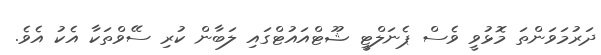
ދަރުމަވަންތަ މޮޅުވީ ވެސް ޕެނަލްޓީ ޝޫޓްއައުޓްގައި ލަބާން ކުރި ސޭވްތަކާ އެކު އެވެ.